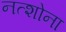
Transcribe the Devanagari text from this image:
नत्शोना